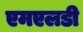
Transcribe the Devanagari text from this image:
एमएलडी